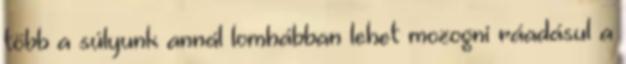
több a súlyunk annál lomhábban lehet mozogni ráadásul a